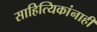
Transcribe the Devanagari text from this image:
साहित्यिकांनाही